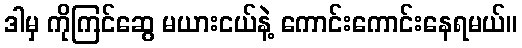
ဒါမှ ကိုကြင်ဆွေ မယားငယ်နဲ့ ကောင်းကောင်းနေရမယ်။